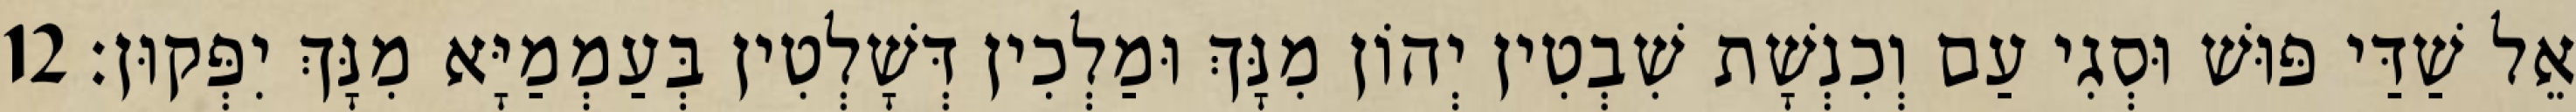
אֵל שַׁדַּי פּוּשׁ וּסְגִי עַם וְכִנְשָׁת שִׁבְטִין יְהוֹן מִנָּךְ וּמַלְכִין דְּשָׁלְטִין בְּעַמְמַיָּא מִנָּךְ יִפְּקוּן׃ 12